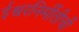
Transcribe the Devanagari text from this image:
ईश्वरनिर्मीतीची